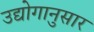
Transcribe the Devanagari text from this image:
उद्योगानुसार